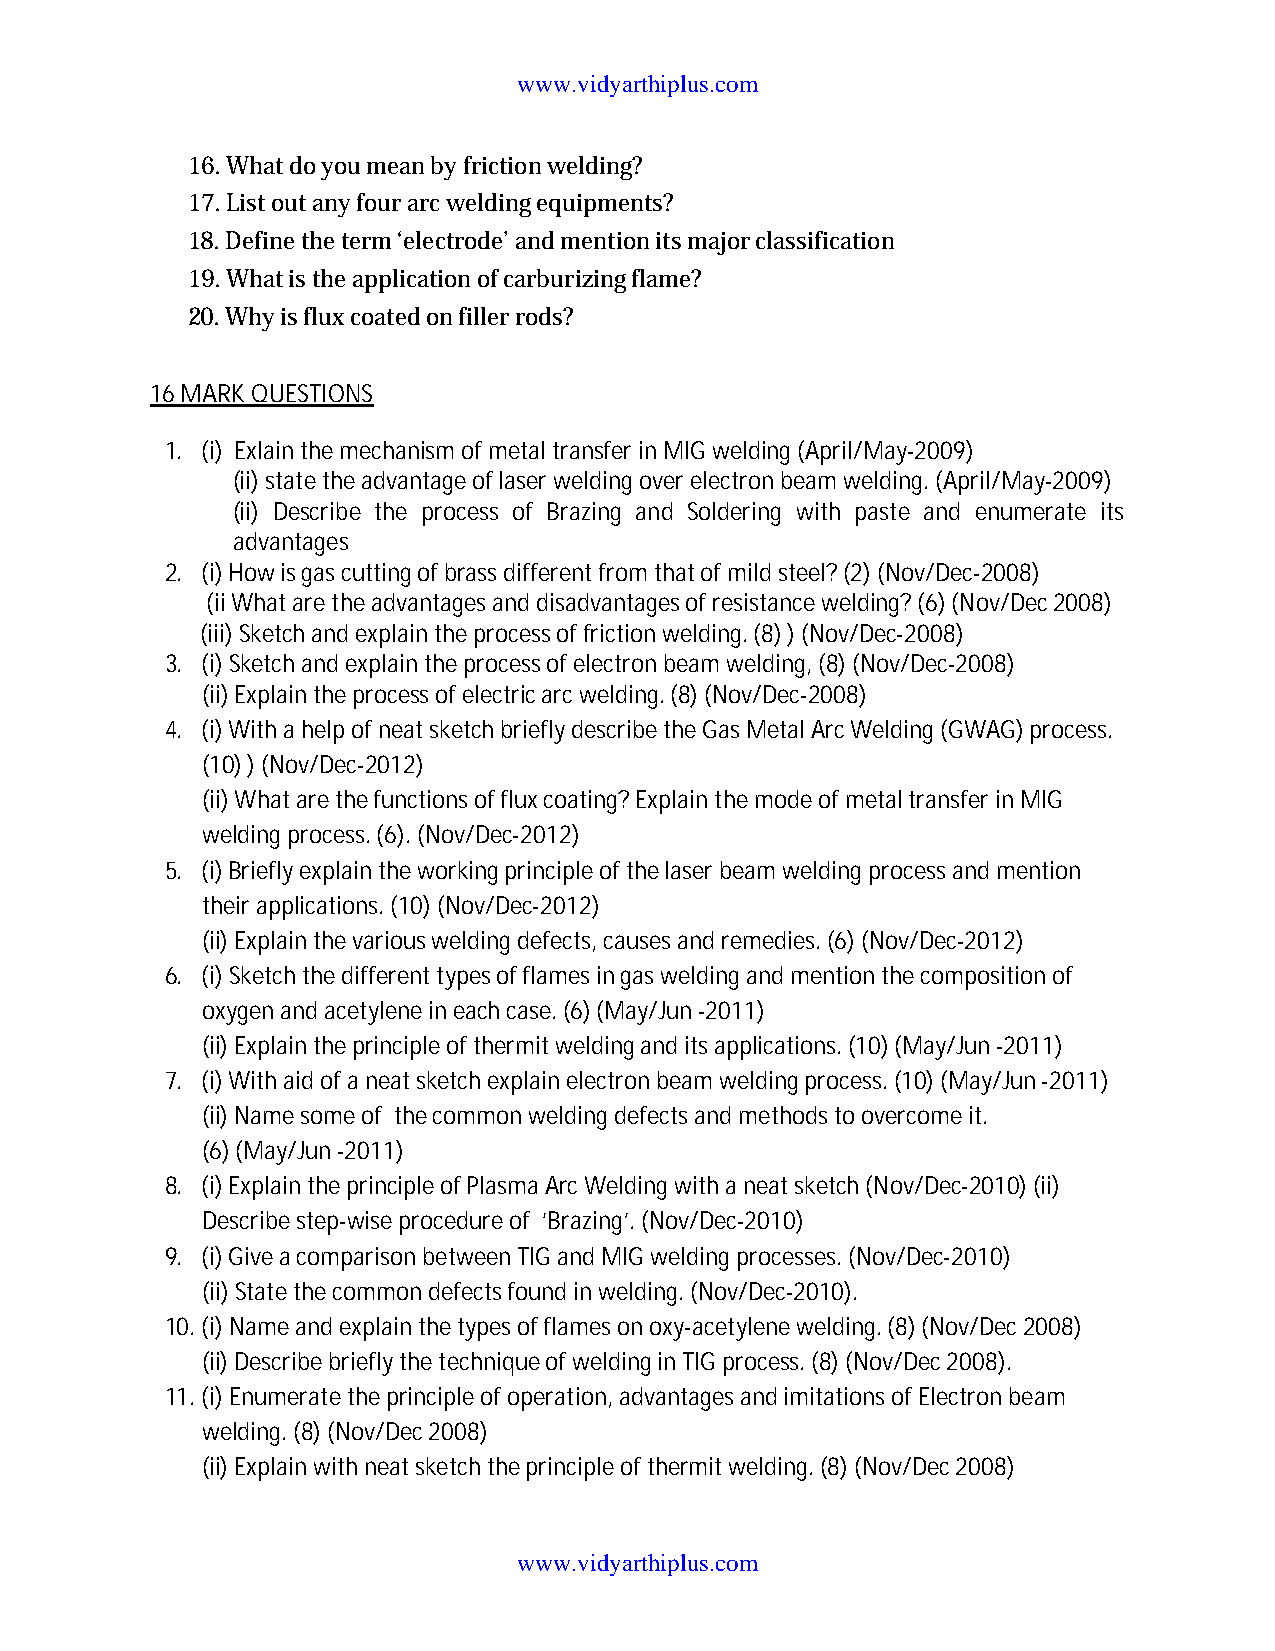
www.vidyarthiplus.com
 16.What do you mean by friction welding?
 17.List out any four arc welding equipments?
 18.Define the term ‘electrode’ and mention its major classification
 19.What is the application of carburizing flame?
 20.Why is flux coated on filler rods?
 16 MARK QUESTIONS
 1. (i) Exlain the mechanism of metal transfer in MIG welding (April/May-2009)
 (ii) state the advantage of laser welding over electron beam welding. (April/May-2009)
 (ii) Describe the process of Brazing and Soldering with paste and enumerate its
 advantages
 2. (i) How is gas cutting of brass different from that of mild steel? (2)(Nov/Dec-2008)
 (iiWhat are the advantages and disadvantages of resistance welding? (6) (Nov/Dec 2008)
 (iii) Sketch and explain the process of friction welding. (8) ) (Nov/Dec-2008)
 3. (i) Sketch and explain the process of electron beam welding,(8) (Nov/Dec-2008)
 (ii)Explain the process of electric arc welding. (8) (Nov/Dec-2008)
 4. (i) With a help of neat sketch briefly describe the Gas Metal Arc Welding (GWAG) process.
 (10) ) (Nov/Dec-2012)
 (ii)What are the functions of flux coating? Explain the mode of metal transfer in MIG
 welding process. (6).(Nov/Dec-2012)
 5. (i) Briefly explain the working principle of the laser beam welding process and mention
 their applications.(10) (Nov/Dec-2012)
 (ii) Explain the various welding defects, causes and remedies. (6)(Nov/Dec-2012)
 6. (i) Sketch the different types of flames in gas welding and mention the composition of
 oxygen and acetylene in each case. (6) (May/Jun -2011)
 (ii) Explain the principle of thermit welding and its applications. (10) (May/Jun -2011)
 7. (i) With aid of a neat sketch explain electron beam welding process. (10) (May/Jun -2011)
 (ii) Name some of the common welding defects and methods to overcome it.
 (6) (May/Jun -2011)
 8. (i) Explain the principle of Plasma Arc Welding with a neat sketch (Nov/Dec-2010) (ii)
 Describe step-wise procedure of ‘Brazing’. (Nov/Dec-2010)
 9. (i) Give a comparison between TIG and MIG welding processes. (Nov/Dec-2010)
 (ii) State the common defects found in welding. (Nov/Dec-2010).
 10.(i) Name and explain the types of flames on oxy-acetylene welding. (8) (Nov/Dec 2008)
 (ii) Describe briefly the technique of welding in TIG process. (8) (Nov/Dec 2008).
 11.(i) Enumeratethe principle of operation, advantages and imitations of Electron beam
 welding. (8) (Nov/Dec 2008)
 (ii) Explain with neat sketch the principle of thermit welding. (8) (Nov/Dec 2008)
 www.vidyarthiplus.com